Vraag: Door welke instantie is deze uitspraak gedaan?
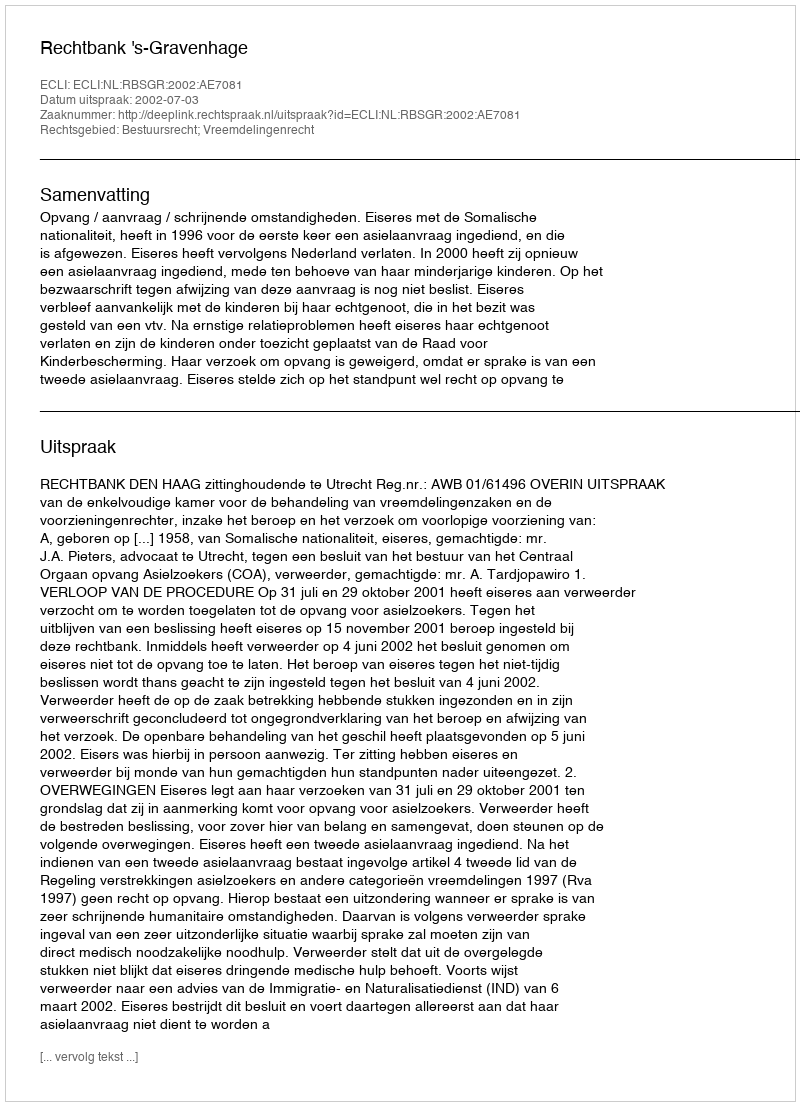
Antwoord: Rechtbank 's-Gravenhage